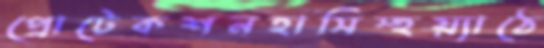
প্রোটেকশনহাসিস্হয়্যাঠে